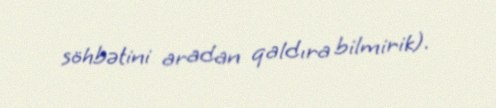
söhbətini aradan qaldıra bilmirik).